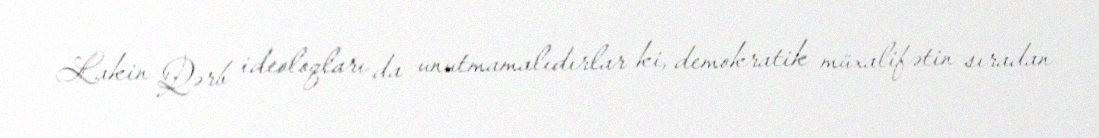
Lakin Qərb ideoloqları da unutmamalıdırlar ki, demokratik müxalifətin sıradan